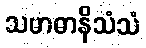
သမာဓာနိသံသံ